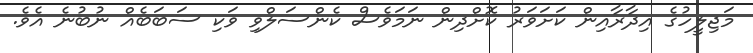
މަޖިލީހުގެ އިދާރާއިން ކަށަވަރު ކޮށްދިން ނަމަވެސް ކެންސަލްވި ވަކި ސަބަބެއް ނުބުނެ އެވެ.